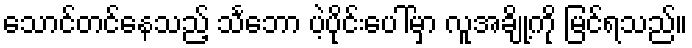
သောင်တင်နေသည့် သင်္ဘော ပဲ့ပိုင်းပေါ်မှာ လူအချို့ကို မြင်ရသည်။